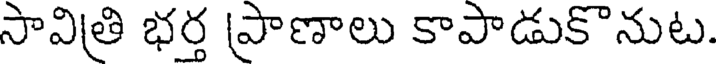
సావిత్రి భర్త ప్రాణాలు కాపాడుకొనుట.